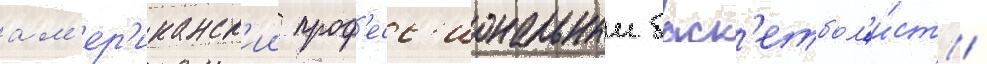
ам'ер'иканск'ии проф'есс'иональныи баск'етбол'и́ст /